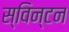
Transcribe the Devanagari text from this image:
स्विन्टन